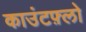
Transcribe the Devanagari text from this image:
काउंटफ़्लो